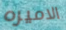
الاميره